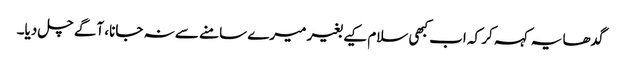
گدھا یہ کہہ کر کہ اب کبھی سلام کیے بغیر میرے سامنے سے نہ جانا، آگے چل دیا۔